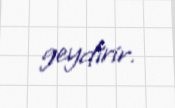
geydirir.